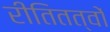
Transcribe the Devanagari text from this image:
रीतितत्वों